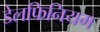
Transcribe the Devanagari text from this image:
डेलफिनियम